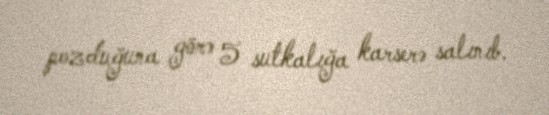
pozduğuna görə 5 sutkalığa karserə salınıb.